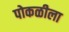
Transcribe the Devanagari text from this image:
पोकळीला